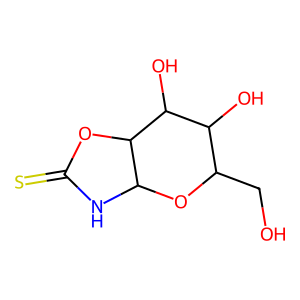
SMILES: OCC1OC2NC(=S)OC2C(O)C1O
Inhibits HIV replication: No